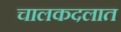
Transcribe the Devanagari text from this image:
चालकदलात